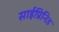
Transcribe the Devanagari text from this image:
साईप्रिनिड